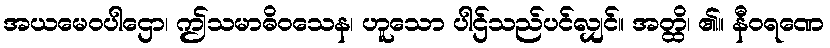
အယမေဝပါဌော၊ ဤသမာဓိဝသေန၊ ဟူသော ပါဌ်သည်ပင်လျှင်။ အတ္ထိ၊ ၏။ နီဝရဏေ